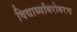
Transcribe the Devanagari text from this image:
विद्यार्थ्यांबरोबरच